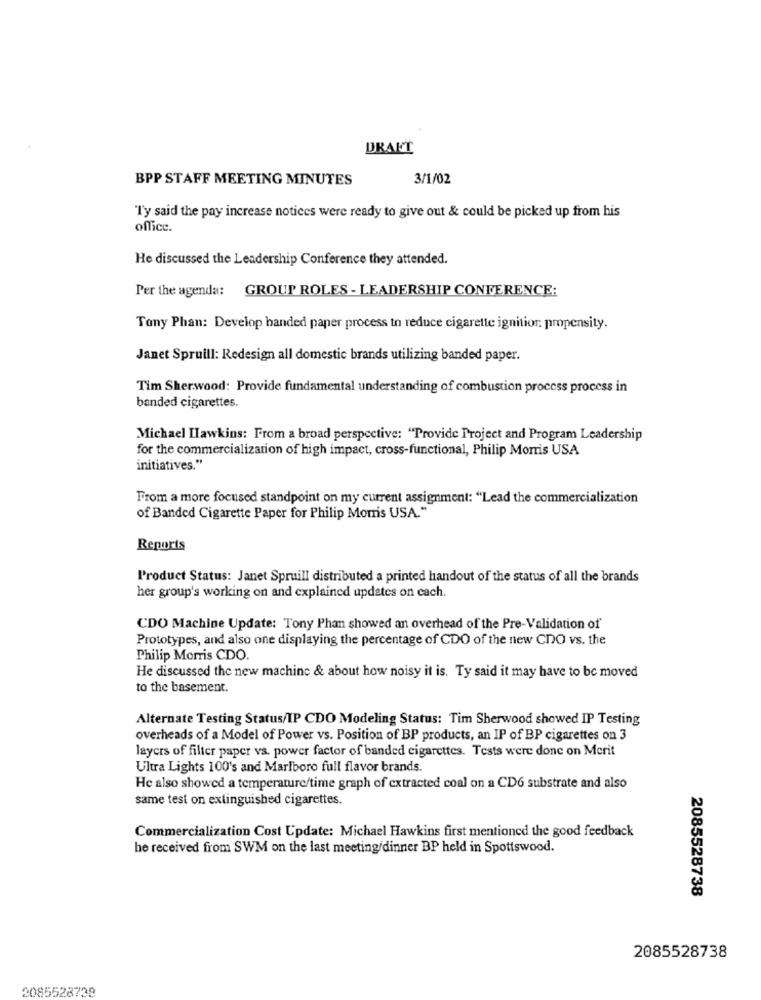
DRAFT
BPP STAFF MEETING MINUTES
3/1/02
"T'y said the pay increase notices were ready to give out & could be picked up from his
office.
He discussed the Leadership Conference they attended.
Per the agenda: GROUP ROLES - LEADERSHIP CONFERENCE:
Tony Phan: Develop banded paper process to reduce cigarette ignition propensity.
Janet Spruill: Redesign all domestic brands utilizing banded paper.
Tim Sherwood: Provide fundamental understanding of combustion process process in
banded cigarettes.
Michael Hawkins: From a broad perspective: "Provide Project and Program Leadership
for the commercialization of high impact, cross-functional, Philip Morris USA
initiatives."
From a more focused standpoint on my current assignment: "Lead the commercialization
of Banded Cigarette Paper for Philip Morris USA."
Reports
Product Status: Janet Spruill distributed a printed handout of the status of all the brands
her group's working on and explained updates on cach.
CDO Machine Update: Tony Phan showed an overhead of the Pre-Validation of
Prototypes, and also one displaying the percentage of CDO of the new CDO vs. the
Philip Morris CDO.
He discussed the new machine & about how noisy it is. Ty said it may have to be moved
to the basement.
Alternate Testing Status/IP CDO Modeling Status: Tim Sherwood showed IP Testing
overheads of a Model of Power vs. Position of BP products, an IP of BP cigarettes on 3
layers of filter paper vs. power factor of banded cigarettes. Tests were done on Merit
Ultra Lights 100's and Marlboro full flavor brands.
He also showed a temperature/time graph of extracted coal on a CD6 substrate and also
same test on extinguished cigarettes.
Commercialization Cost Update: Michael Hawkins first mentioned the good feedback
he received from SWM on the last meeting/dinner BP held in Spottswood.
2085528738
2085528738
2085528738